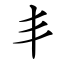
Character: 丯